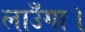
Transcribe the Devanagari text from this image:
लाउँगा।